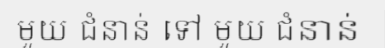
មួយ ជំនាន់ ទៅ មួយ ជំនាន់